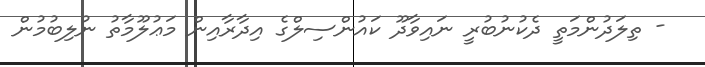
- ތިލަދުންމަތީ ދެކުނުބުރީ ނައިވާދޫ ކައުންސިލްގެ އިދާރާއިން މަޢުލޫމާތު ނުލިބުމުން